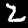
Label: 2